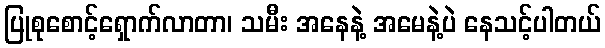
ပြုစုစောင့်ရှောက်လာတာ၊ သမီး အနေနဲ့ အမေနဲ့ပဲ နေသင့်ပါတယ်